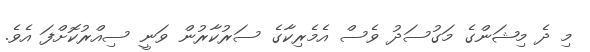
މި ދެ މިޝަންގެ މަގުސަދު ވެސް އެމެރިކާގެ ސަރުކާރުން ވަނީ ސިއްރުކޮށްފަ އެވެ.